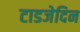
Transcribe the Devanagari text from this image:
टाडजेदिन